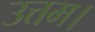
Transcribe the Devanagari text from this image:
उत्तम।